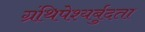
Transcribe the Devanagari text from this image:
ग्रंथिपेश्यर्बुदता